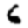
Digit: 6